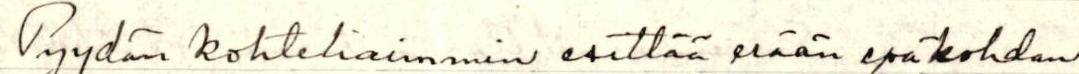
Pyydän kohteliaimmin esittää erään epäkohdan